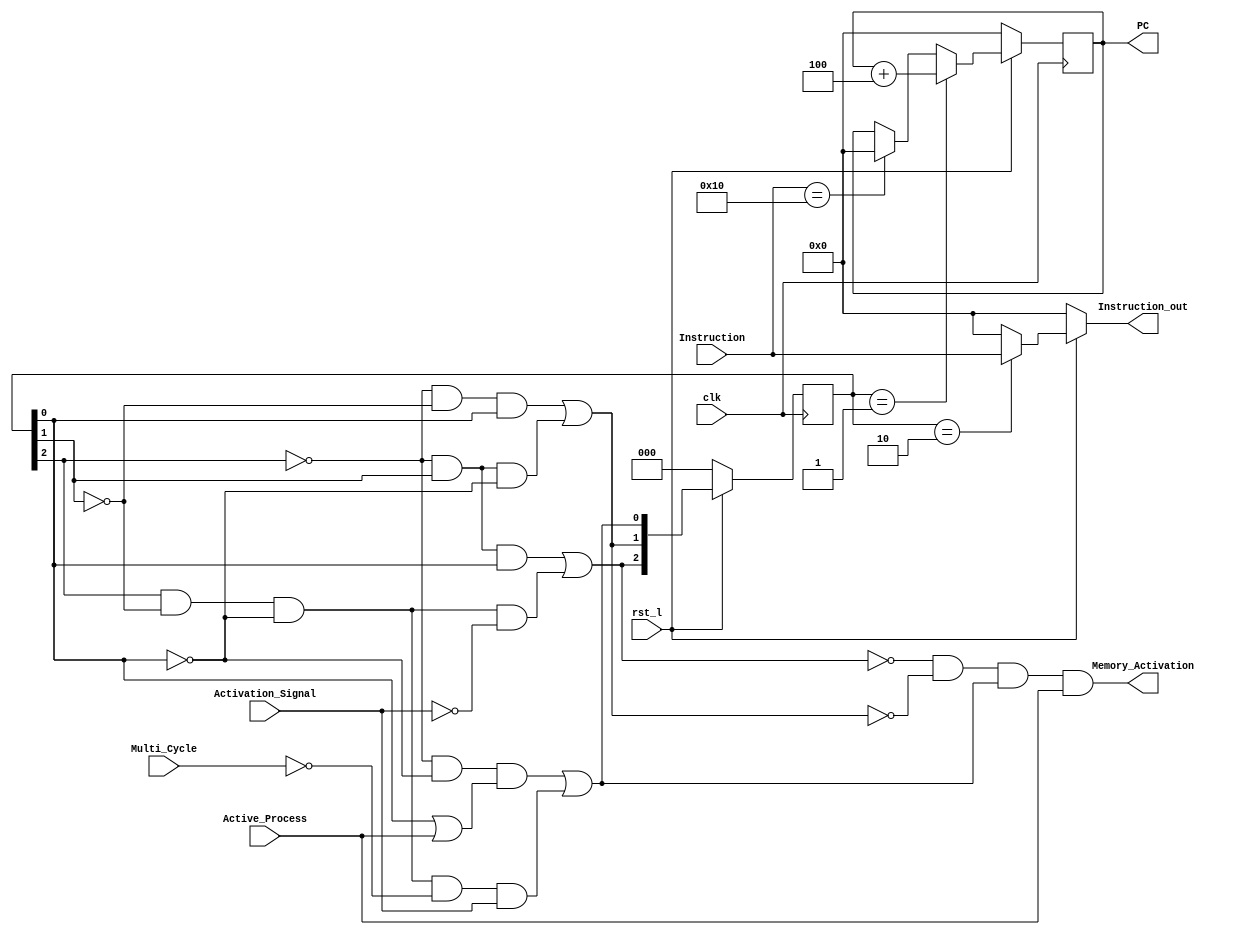
module FPU_FSM(clk,rst_l,Active_Process,Activation_Signal,Memory_Activation,PC,Instruction,Instruction_out,Multi_Cycle);
  input clk,rst_l,Activation_Signal,Active_Process,Multi_Cycle;
  input [31:0]Instruction;
  output Memory_Activation;
  //output [23:0]Output_1_Hot_Encoded_Opcode;
  output reg[31:0]PC;
  output [31:0]Instruction_out;

  reg [2:0]State;
  wire [2:0]Next_State;
  wire [4:0]Input_Opcode;
  wire Exception;

  assign Memory_Activation = (((~Next_State[2]) & (~Next_State[1]) & (Next_State[0])) & (Active_Process));
  assign Next_State[0] = ((((~State[2]) & (~State[0])) & (State[0] | Active_Process)) | ((State[2]) & (~State[1]) & (~State[0]) & (~Multi_Cycle) & (Activation_Signal)));
  assign Next_State[1] = (((~State[2]) & (~State[1]) & (State[0])) | ((~State[2]) & (State[1]) & (~State[0])));
  assign Next_State[2] = (((~State[2]) & (State[1]) & (State[0])) | ((State[2]) & (~State[1]) & (~State[0]) & (~Activation_Signal)));
  assign Instruction_out = (~rst_l) ? 32'h00000000 : (State == 3'b010) ? Instruction : 32'h00000000;
  always @(posedge clk)
    PC <= (~rst_l) ? 32'h00000000 : ((State == 3'b001) ? (PC[31:0] + 4'h4) : (Instruction == 32'h00000010) ? 32'h00000000 : PC);

  //sequential State register block
  always @(posedge clk)
    State <= (~rst_l) ? 3'b000 : Next_State;


   

  //combinational State assignment block  
  /*always @(posedge clk)
  begin
    if(Next_State==2'b00)
      Output_1_Hot_Encoded_Opcode <= 24'h000000;
    else if(State==2'b01)
      Output_1_Hot_Encoded_Opcode <= Uncontrolled_Opcode;
    else
      Output_1_Hot_Encoded_Opcode <= Uncontrolled_Opcode;
  end*/

  /*initial 
  begin
    $dumpfile("FPU_FSM.vcd");
    $dumpvars(0);
  end*/

endmodule